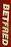
BETFRED